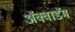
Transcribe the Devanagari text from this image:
ॲक्वाडॅम